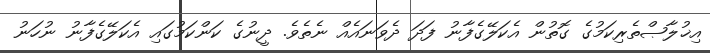
އިޚުލާޞްތެރިކަމުގެ ގޮތުން އެކަލޭގެފާނު ފަދަ ދެވަނައެއް ނެތެވެ. ދީނުގެ ކަންކަމުގައި އެކަލޭގެފާނު ނުހަނު